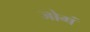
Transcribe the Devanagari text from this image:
जोगं